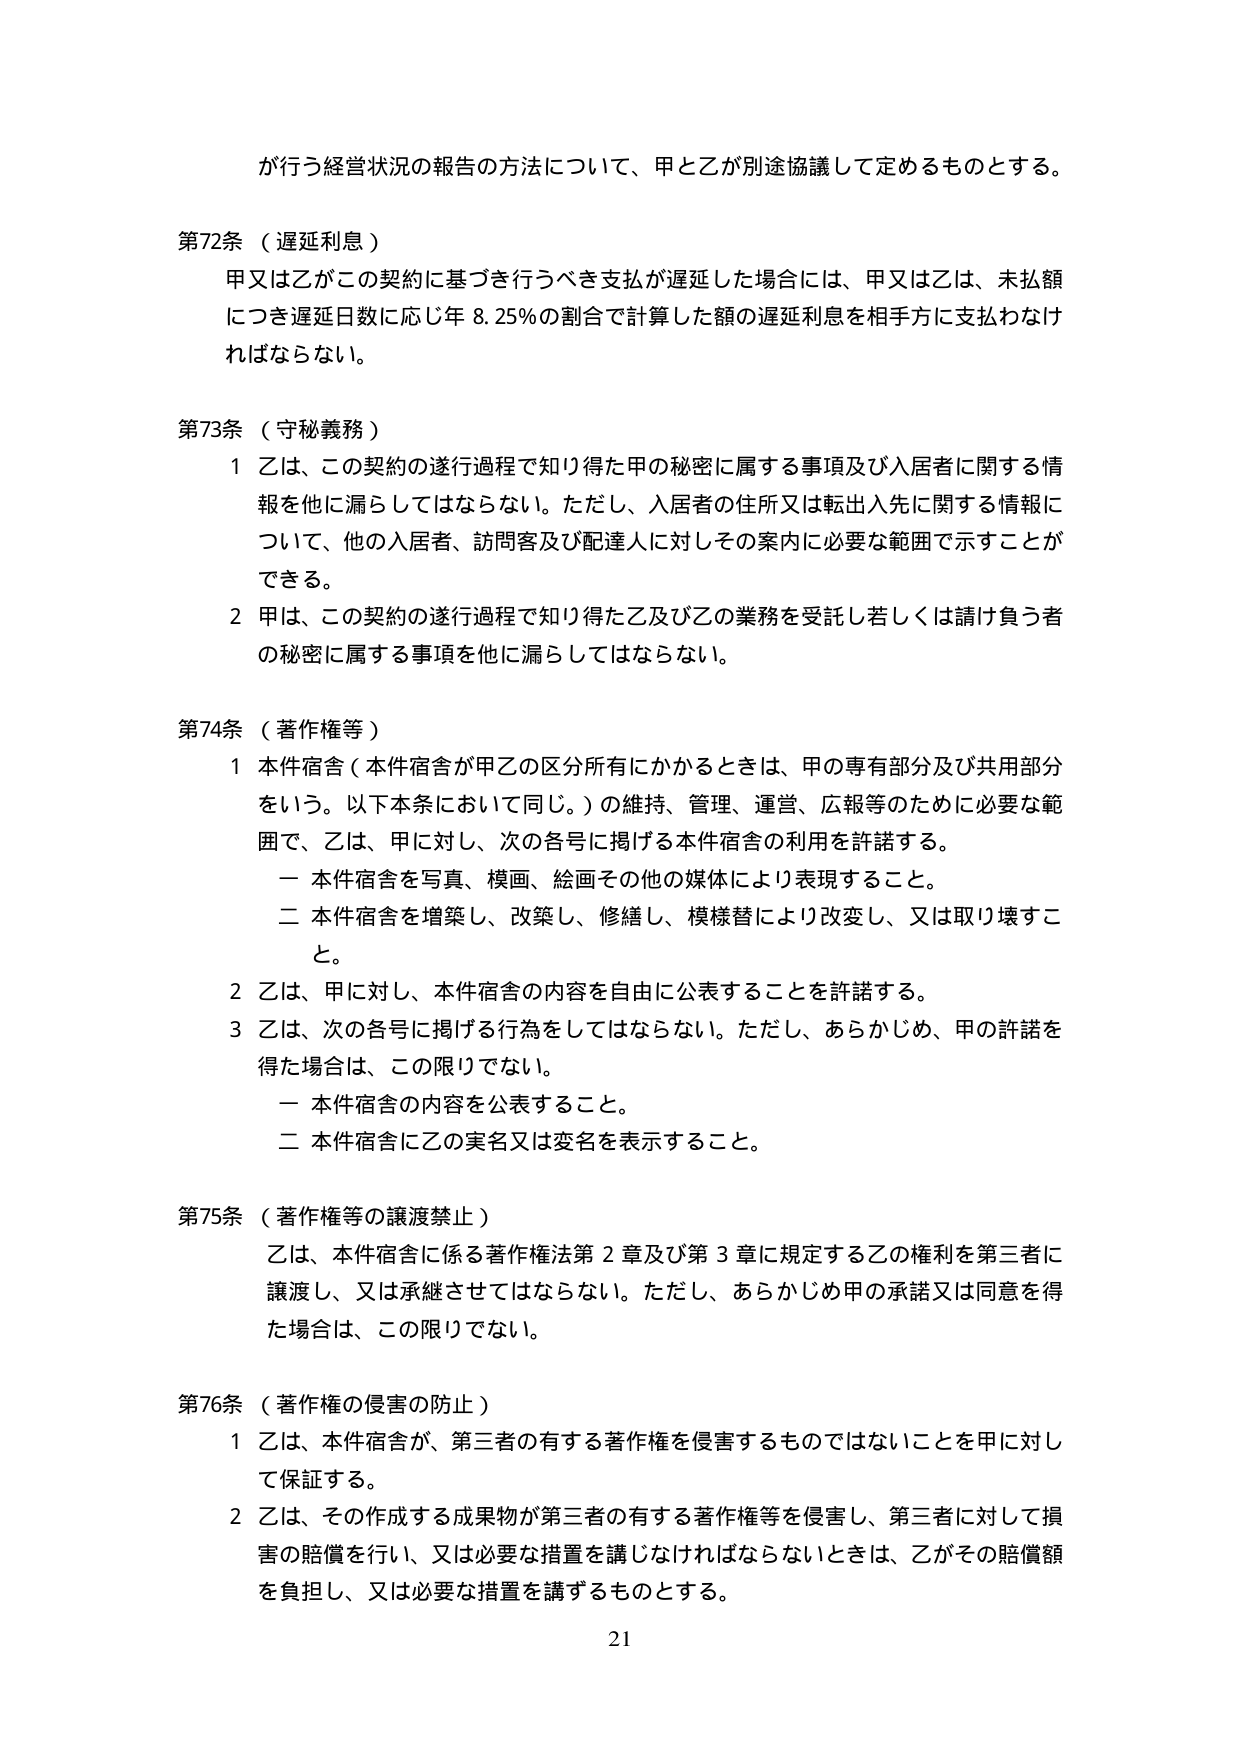
が行う経営状況の報告の方法について、甲と乙が別途協議して定めるものとする。

第72条（遅延利息）
甲又は乙がこの契約に基づき行うべき支払が遅延した場合には、甲又は乙は、未払額につき遅延日数に応じ年8.25％の割合で計算した額の遅延利息を相手方に支払わなければならない。

第73条（守秘義務）
1 乙は、この契約の遂行過程で知り得た甲の秘密に属する事項及び入居者に関する情報を他に漏らしてはならない。ただし、入居者の住所又は転出入先に関する情報について、他の入居者、訪問客及び配達人に対しその案内に必要な範囲で示すことができる。
2 甲は、この契約の遂行過程で知り得た乙及び乙の業務を受託し若しくは請け負う者の秘密に属する事項を他に漏らしてはならない。

第74条（著作権等）
1 本件宿舎（本件宿舎が甲乙の区分所有にかかるときは、甲の専有部分及び共用部分をいう。以下本条において同じ。）の維持、管理、運営、広報等のために必要な範囲で、乙は、甲に対し、次の各号に掲げる本件宿舎の利用を許諾する。
　一 本件宿舎を写真、模画、絵画その他の媒体により表現すること。
　二 本件宿舎を増築し、改築し、修繕し、模様替により改変し、又は取り壊すこと。
2 乙は、甲に対し、本件宿舎の内容を自由に公表することを許諾する。
3 乙は、次の各号に掲げる行為をしてはならない。ただし、あらかじめ、甲の許諾を得た場合は、この限りでない。
　一 本件宿舎の内容を公表すること。
　二 本件宿舎に乙の実名又は変名を表示すること。

第75条（著作権等の譲渡禁止）
乙は、本件宿舎に係る著作権法第2章及び第3章に規定する乙の権利を第三者に譲渡し、又は承継させてはならない。ただし、あらかじめ甲の承諾又は同意を得た場合は、この限りでない。

第76条（著作権の侵害の防止）
1 乙は、本件宿舎が、第三者の有する著作権を侵害するものではないことを甲に対して保証する。
2 乙は、その作成する成果物が第三者の有する著作権等を侵害し、第三者に対して損害の賠償を行い、又は必要な措置を講じなければならないときは、乙がその賠償額を負担し、又は必要な措置を講ずるものとする。

21